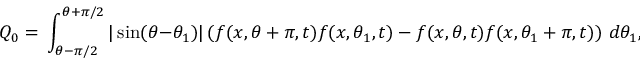
Q _ { 0 } { } = { } \int _ { \theta - \pi / 2 } ^ { \theta + \pi / 2 } | \sin ( \theta - \theta _ { 1 } ) | \left( f ( x , \theta + \pi , t ) f ( x , \theta _ { 1 } , t ) - f ( x , \theta , t ) f ( x , \theta _ { 1 } + \pi , t ) \right) \, d \theta _ { 1 } ,